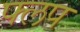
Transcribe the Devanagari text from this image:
फ्लप